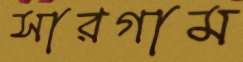
সারগাম